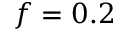
f = 0 . 2